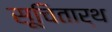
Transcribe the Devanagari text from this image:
सूचितार्थ